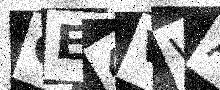
Text: CE4VWA